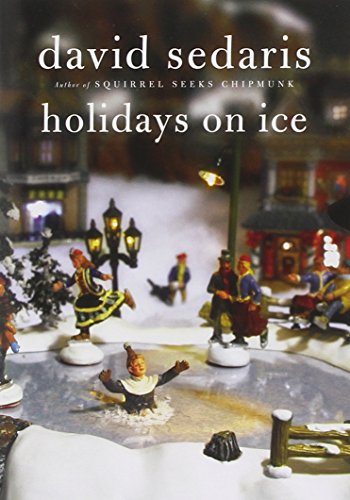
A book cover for Holidays on Ice; David Sedaris; Humor & Entertainment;